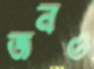
জনও